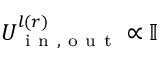
U _ { \mathrm { ~ i ~ n ~ , ~ o ~ u ~ t ~ } } ^ { l ( r ) } \propto \mathbb { I }